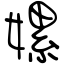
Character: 嫘